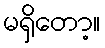
မရှိတော့။